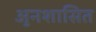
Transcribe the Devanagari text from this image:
अुनशासित